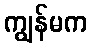
ကျွန်မက